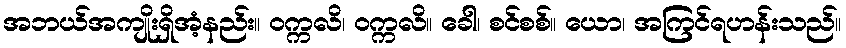
အဘယ်အကျိုးရှိအံ့နည်း။ ဝက္ကလိ၊ ဝက္ကလိ။ ခေါ၊ စင်စစ်။ ယော၊ အကြင်ရဟန်းသည်။